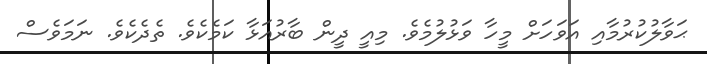
ޙަވާލުކުރުމާއި އަވަހަށް މީހާ ވަޅުލުމެވެ. މިއީ ދީން ބާރުއަޅާ ކަމެކެވެ. ތެދެކެވެ. ނަމަވެސް